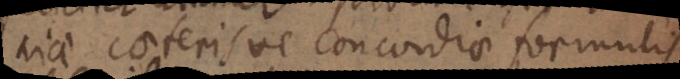
niae caeterisve concordiae formulis